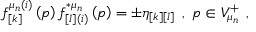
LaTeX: f _ { \left[ k \right] } ^ { \mu _ { n } ( i ) } \left( p \right) f _ { \left[ l \right] ( i ) } ^ { * \mu _ { n } } \left( p \right) = \pm \eta _ { \left[ k \right] \left[ l \right] } \; \, , \; p \in V _ { \mu _ { n } } ^ { + } \; \, ,